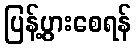
ပြန့်ပွားစေရန်